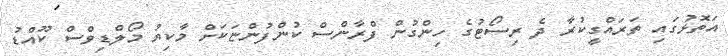
އަތޮޅުގައި ތަރައްގީކުރާ ދެ ރިސޯޓުގެ ހިންގުން ފްރާންސް ކުންފުންޏަކަށް މާކިޔު މޯލްޑިވްސް ކޫއްޑު